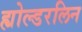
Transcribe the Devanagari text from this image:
ह्योल्डरलिन